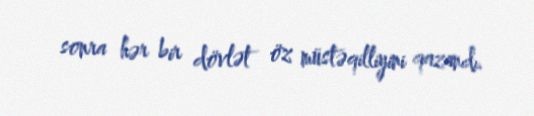
sonra hər bir dövlət öz müstəqilliyini qazandı.